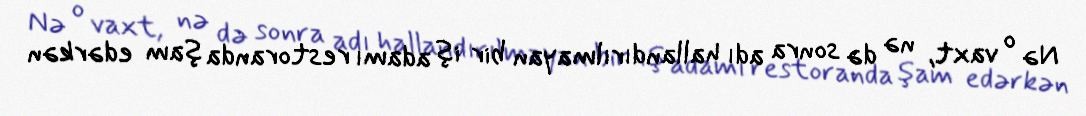
Nə o vaxt, nə də sonra adı hallandırılmayan bir iş adamı restoranda şam edərkən